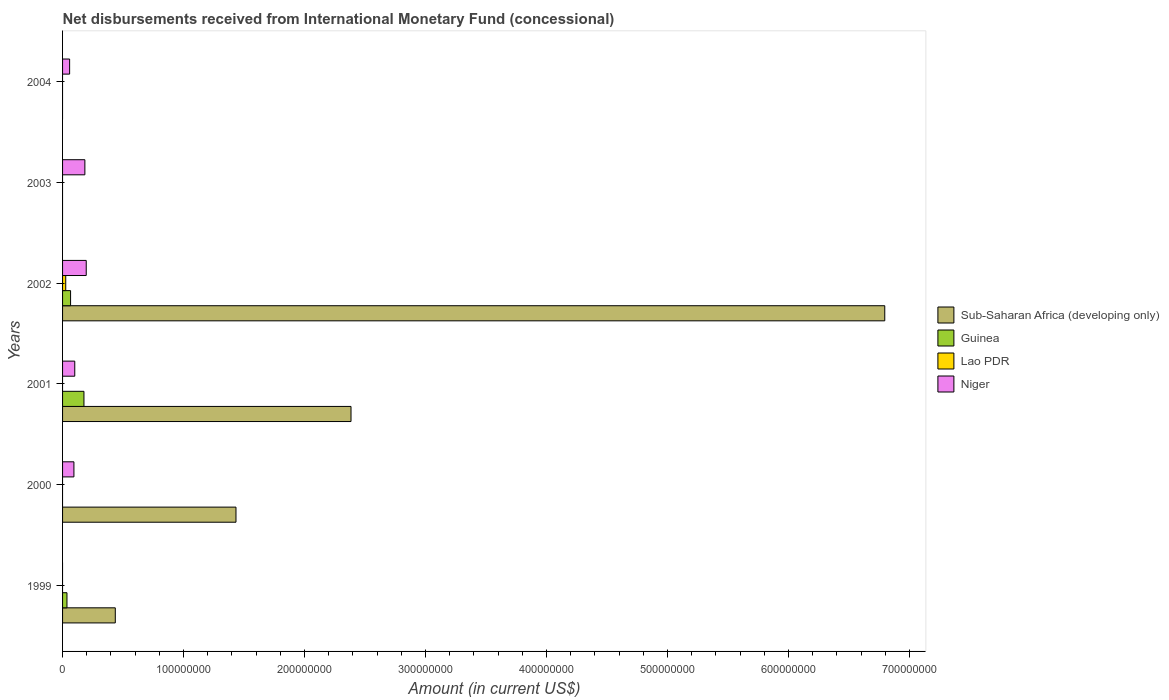
| Years | Sub-Saharan Africa (developing only) | Guinea | Lao PDR | Niger |
 | --- | --- | --- | --- | --- |
 | 1999 | 4.36e+07 | 3.64e+06 | -8.02e+06 | -4.15e+06 |
 | 2000 | 1.43e+08 | -8.02e+06 | -7.73e+06 | 9.38e+06 |
 | 2001 | 2.38e+08 | 1.77e+07 | -3.56e+06 | 1.01e+07 |
 | 2002 | 6.8e+08 | 6.62e+06 | 2.62e+06 | 1.96e+07 |
 | 2003 | -1.68e+07 | -1.26e+07 | -2.69e+06 | 1.84e+07 |
 | 2004 | -9.77e+07 | -1.91e+07 | -7.82e+06 | 5.84e+06 |